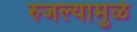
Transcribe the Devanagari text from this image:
रुजल्यामुळे